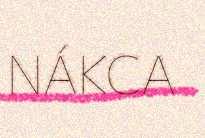
NÁKCA